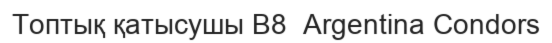
Топтық қатысушы B8  Argentina Condors